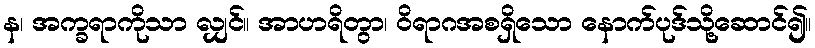
န၊ အက္ခရာကိုသာ လျှင်။ အာဟရိတွာ၊ ဝိရာဂအစရှိသော နောက်ပုဒ်သို့ဆောင်၍။